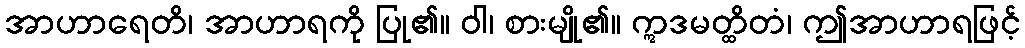
အာဟာရေတိ၊ အာဟာရကို ပြု၏။ ဝါ၊ စားမျို၏။ ဣဒမတ္ထိတံ၊ ဤအာဟာရဖြင့်